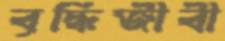
বৃদ্ধিজীবী